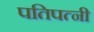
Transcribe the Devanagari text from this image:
पतिपत्‍नी